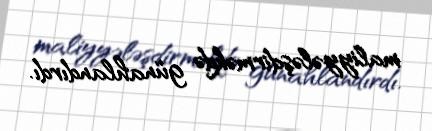
maliyyələşdirməkdə günahlandırdı.